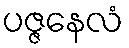
ပဇ္ဇနေလံ